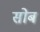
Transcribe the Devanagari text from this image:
सोब